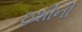
ઇશીની